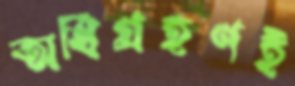
অধিগ্রহণই